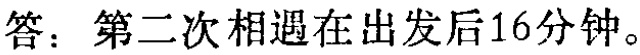
答：第二次相遇在出发后16分钟。